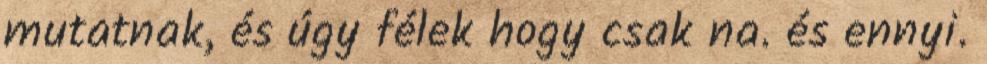
mutatnak, és úgy félek hogy csak na. és ennyi.